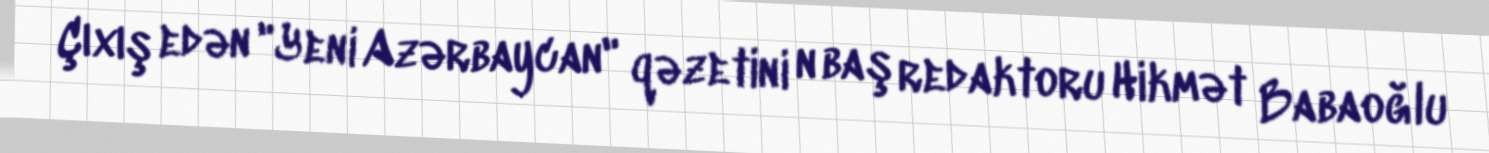
Çıxış edən "Yeni Azərbaycan" qəzetini n baş redaktoru Hikmət Babaoğlu